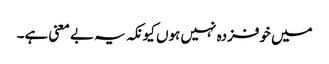
میں خوفزدہ نہیں ہوں کیونکہ یہ بے معنی ہے۔